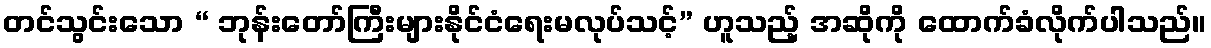
တင်သွင်းသော “ ဘုန်းတော်ကြီးများနိုင်ငံရေးမလုပ်သင့်” ဟူသည့် အဆိုကို ထောက်ခံလိုက်ပါသည်။